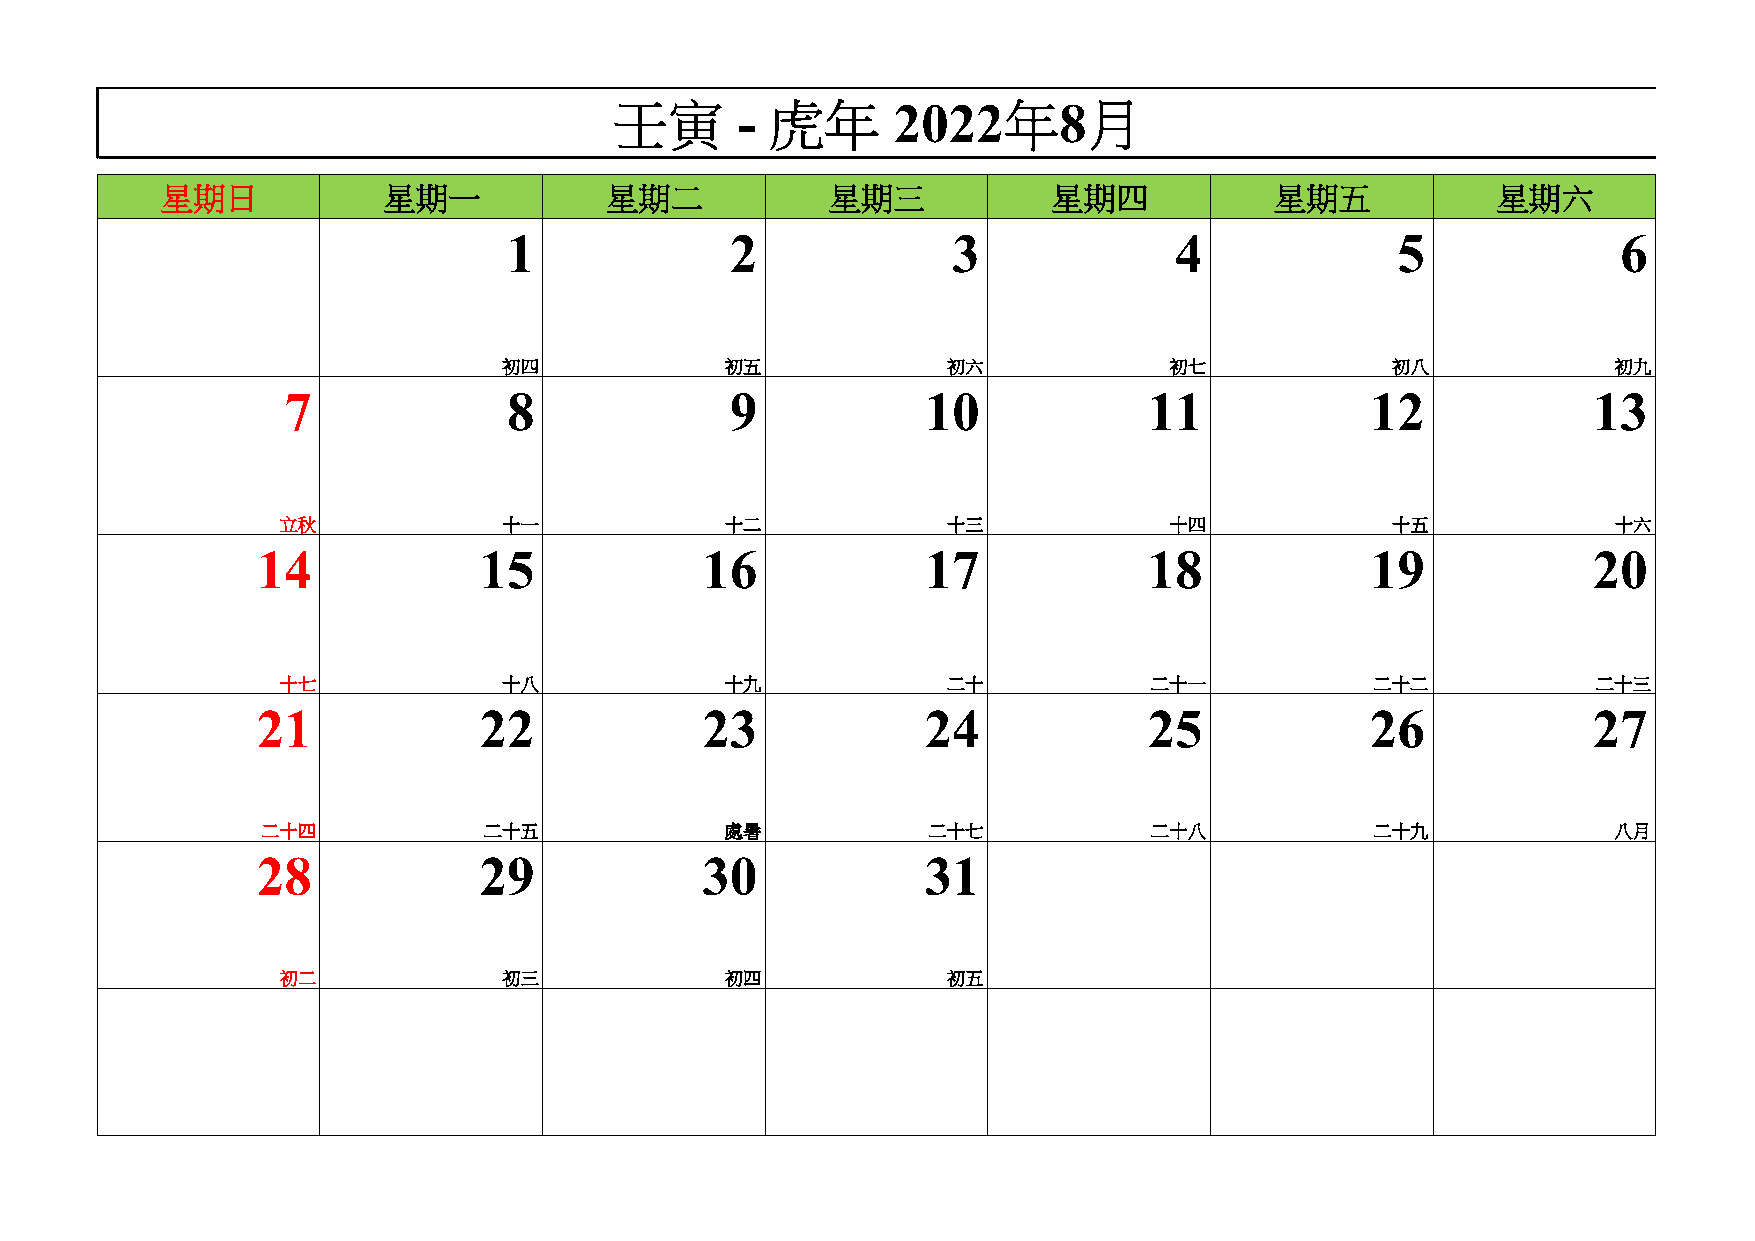
壬寅      - 虎年      2022年8月
 星期日           星期一            星期二            星期三            星期四           星期五            星期六
 1             2              3              4             5              6
 初四             初五             初六            初七             初八             初九
 7              8             9            10             11             12            13
 立秋            十一             十二             十三            十四             十五             十六
 14             15            16             17             18             19            20
 十七            十八             十九             二十           二十一            二十二            二十三
 21             22            23             24             25             26            27
 二十四            二十五             處暑           二十七            二十八            二十九             八月
 28             29            30             31
 初二            初三             初四             初五